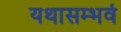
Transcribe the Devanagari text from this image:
यथासम्भवं